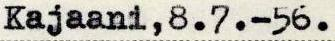
Kajaani, 8.7.-56.